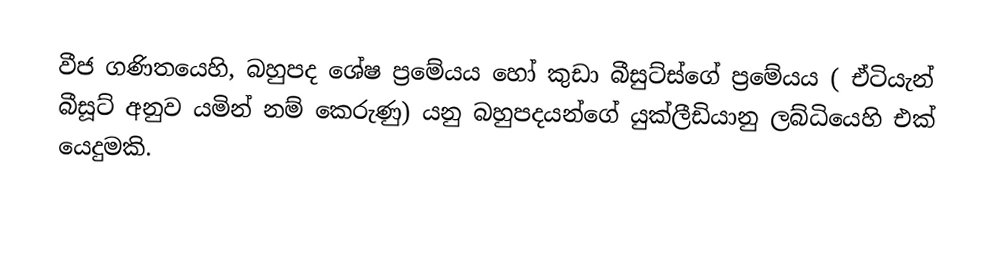
වීජ ගණිතයෙහි, බහුපද ශේෂ ප්‍රමේයය හෝ  කුඩා බීසුට්ස්ගේ ප්‍රමේයය ( ඒටියැන් බීසූට් අනුව යමින් නම් කෙරුණු) යනු   බහුපදයන්ගේ යුක්ලීඩියානු ලබ්ධියෙහි එක් යෙදුමකි.